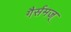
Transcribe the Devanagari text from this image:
गैर्समज्